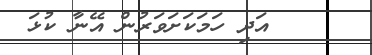
٤٠     އަދި ހަމަކަށަވަރުން އޭނާ ކުޅަ